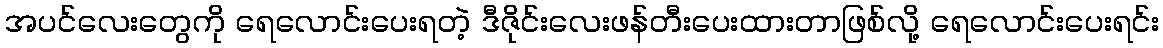
အပင်လေးတွေကို ရေလောင်းပေးရတဲ့ ဒီဇိုင်းလေးဖန်တီးပေးထားတာဖြစ်လို့ ရေလောင်းပေးရင်း